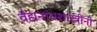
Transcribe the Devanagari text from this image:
वैद्यनाथशास्त्रींनी